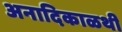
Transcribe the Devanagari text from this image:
अनादिकाळथी